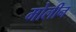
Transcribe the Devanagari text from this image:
मोलीन